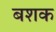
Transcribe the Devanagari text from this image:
बशक